Report on vaccination North-West Frontier Province 1904-1922 - 1904-1922
Year: 1904
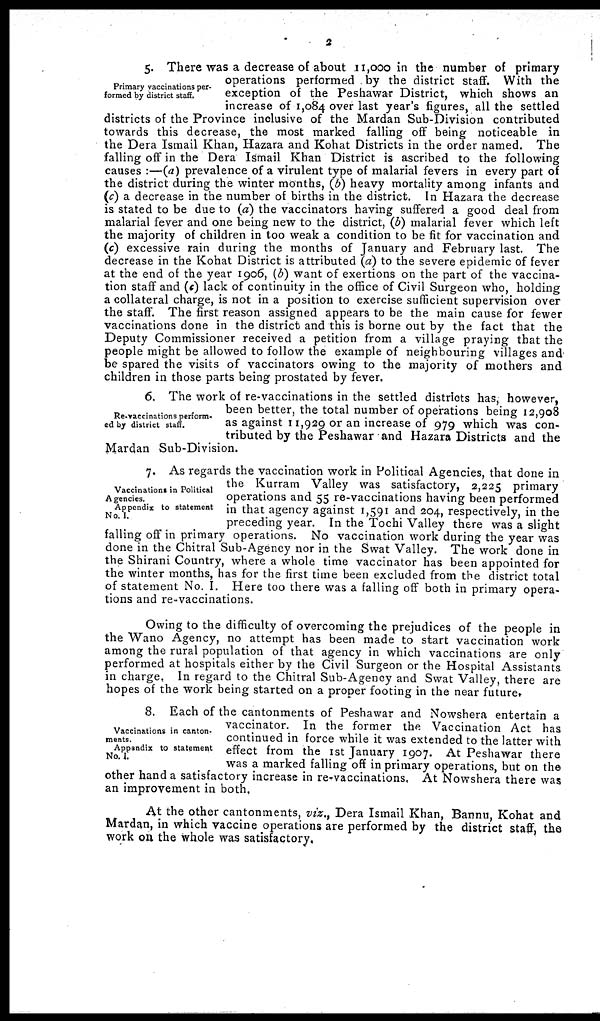
2
Primary vaccinations per-
formed by district staff.
5. There was a decrease of about 11,000 in the number of primary
operations performed by the district staff. With the
exception of the Peshawar District, which shows an
increase of 1,084 over last year's figures, all the settled
districts of the Province inclusive of the Mardan Sub-Division contributed
towards this decrease, the most marked falling off being noticeable in
the Dera Ismail Khan, Hazara and Kohat Districts in the order named. The
falling off in the Dera Ismail Khan District is ascribed to the following
causes :—(a) prevalence of a virulent type of malarial fevers in every part of
the district during the winter months, (b) heavy mortality among infants and
(c) a decrease in the number of births in the district. In Hazara the decrease
is stated to be due to (a) the vaccinators having suffered a good deal from
malarial fever and one being new to the district, (b) malarial fever which left
the majority of children in too weak a condition to be fit for vaccination and
(c) excessive rain during the months of January and February last. The
decrease in the Kohat District is attributed (a) to the severe epidemic of fever
at the end of the year 1906, (b) want of exertions on the part of the vaccina-
tion staff and (c) lack of continuity in the office of Civil Surgeon who, holding
a collateral charge, is not in a position to exercise sufficient supervision over
the staff. The first reason assigned appears to be the main cause for fewer
vaccinations done in the district and this is borne out by the fact that the
Deputy Commissioner received a petition from a village praying that the
people might be allowed to follow the example of neighbouring villages and
be spared the visits of vaccinators owing to the majority of mothers and
children in those parts being prostated by fever.
Re-vaccinations perform-
ed by district staff.
6. The work of re-vaccinations in the settled districts has, however,
been better, the total number of operations being 12,908
as against 11,929 or an increase of 979 which was con-
tributed by the Peshawar and Hazara Districts and the
Mardan Sub-Division.
Vaccinations in Political
Agencies.
Appendix to statement
No. I.
7. As regards the vaccination work in Political Agencies, that done in
the Kurram Valley was satisfactory, 2,225 primary
operations and 55 re-vaccinations having been performed
in that agency against 1,591 and 204, respectively, in the
preceding year. In the Tochi Valley there was a slight
falling off in primary operations. No vaccination work during the year was
done in the Chitral Sub-Agency nor in the Swat Valley. The work done in
the Shirani Country, where a whole time vaccinator has been appointed for
the winter months, has for the first time been excluded from the district total
of statement No. I. Here too there was a falling off both in primary opera-
tions and re-vaccinations.
Owing to the difficulty of overcoming the prejudices of the people in
the Wano Agency, no attempt has been made to start vaccination work
among the rural population of that agency in which vaccinations are only
performed at hospitals either by the Civil Surgeon or the Hospital Assistants
in charge, In regard to the Chitral Sub-Agency and Swat Valley, there are
hopes of the work being started on a proper footing in the near future.
Vaccinations in canton-
ments.
Appendix to statement
No. I.
8. Each of the cantonments of Peshawar and Nowshera entertain a
vaccinator. In the former the Vaccination Act has
continued in force while it was extended to the latter with
effect from the 1st January 1907. At Peshawar there
was a marked falling off in primary operations, but on the
other hand a satisfactory increase in re-vaccinations, At Nowshera there was
an improvement in both.
At the other cantonments, viz., Dera Ismail Khan, Bannu, Kohat and
Mardan, in which vaccine operations are performed by the district staff, the
work on the whole was satisfactory.